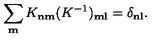
\sum _ { \bf m } K _ { \bf n \bf m } ( K ^ { - 1 } ) _ { \bf m \bf l } = \delta _ { \bf n \bf l } .